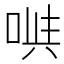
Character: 𠶁